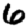
Digit: 6